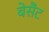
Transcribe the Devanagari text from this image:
बेसैंट